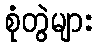
စုံတွဲများ